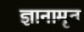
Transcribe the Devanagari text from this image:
ज्ञानामृत